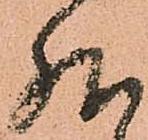
然